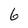
Character: 6